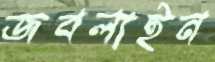
জবলাইন